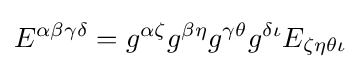
E^{\alpha \beta \gamma \delta }=g^{\alpha \zeta }g^{\beta \eta }g^{\gamma \theta }g^{\delta \iota }E_{\zeta \eta \theta \iota }